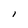
Character: l